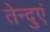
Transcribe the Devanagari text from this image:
तेन्दुएं